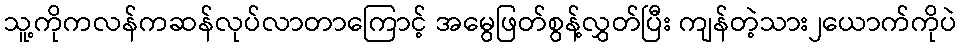
သူ့ကိုကလန်ကဆန်လုပ်လာတာကြောင့် အမွေဖြတ်စွန့်လွှတ်ပြီး ကျန်တဲ့သား၂ယောက်ကိုပဲ